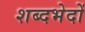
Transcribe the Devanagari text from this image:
शब्दभेदों